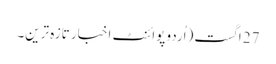
27 اگست (اُردو پوائنٹ اخبار تازہ ترین۔